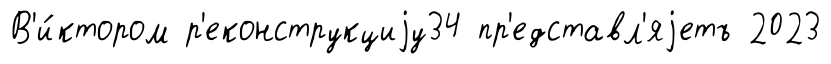
В'и́ктором р'еконструкциjу34 пр'едставл'яjетъ 2023